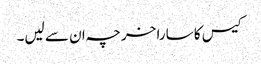
کیس کا سارا خرچہ ان سے لیں۔